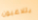
يتلاعبون